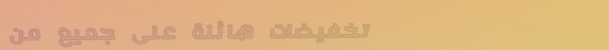
تخفيضات هائلة على جميع من